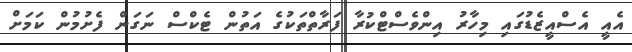
އެއީ އެސްއީޒެޑުގައި މިހާރު އިންވެސްޓްކުރާ ފަރާތްތަކުގެ އަތުން ޓެކްސް ނަގަން ފެށުމުން ކަމަށް